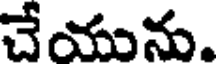
చేయును.